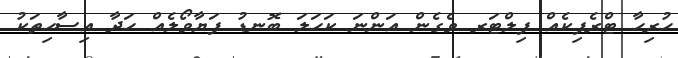
ހުރިހާ ޓްރެފިކެއް ފިލްޓަރ ވެގެން އަންނަ ކަހަލަ ބޮނޑު ފަޔާވޯލެއް ހަދާ އިސާހިތަކު